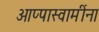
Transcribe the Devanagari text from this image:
आप्पास्‍वामींना